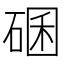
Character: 碅